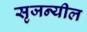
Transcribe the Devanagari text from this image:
सृजन्यील